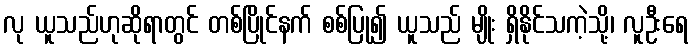
လု ယူသည်ဟုဆိုရာတွင် တစ်ပြိုင်နက် စစ်ပြု၍ ယူသည် မျိုး ရှိနိုင်သကဲ့သို့၊ လူဦးရေ